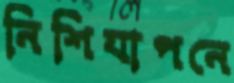
নিশিযাপনে